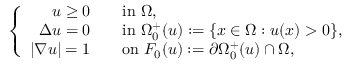
\left\{ \begin{array} { r l } { u \geq 0 } & { \quad \mathrm { i n ~ } \Omega , } \\ { \Delta u = 0 } & { \quad \mathrm { i n ~ } \Omega _ { 0 } ^ { + } ( u ) : = \{ x \in \Omega : u ( x ) > 0 \} , } \\ { | \nabla u | = 1 } & { \quad \mathrm { o n ~ } F _ { 0 } ( u ) : = \partial \Omega _ { 0 } ^ { + } ( u ) \cap \Omega , } \end{array} \right.